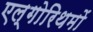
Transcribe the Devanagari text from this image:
एल्गोरिथमों